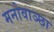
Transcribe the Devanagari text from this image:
मनोवाञ्छा